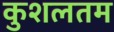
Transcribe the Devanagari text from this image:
कुशलतम